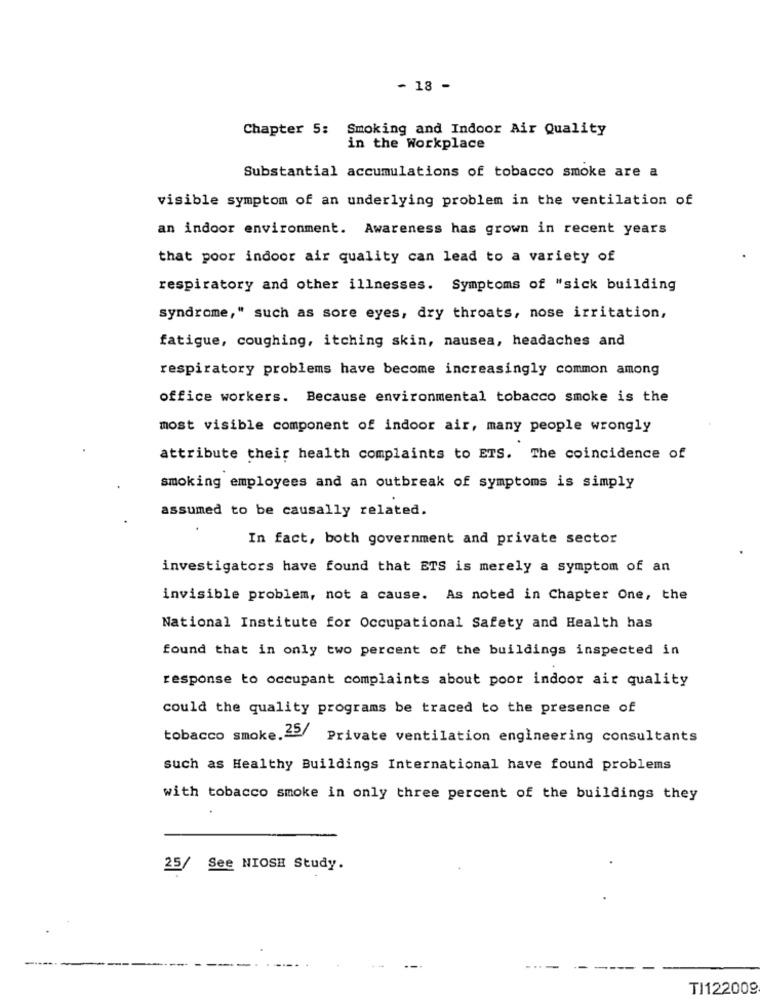
- 18 -
Chapter 5: Smoking and Indoor Air Quality
in the Workplace
Substantial accumulations of tobacco smoke are a
visible symptom of an underlying problem in the ventilation of
an indoor environment. Awareness has grown in recent years
that poor indoor air quality can lead to a variety of
respiratory and other illnesses. Symptoms of "sick building
syndrome," such as sore eyes, dry throats, nose irritation,
fatigue, coughing, itching skin, nausea, headaches and
respiratory problems have become increasingly common among
office workers. Because environmental tobacco smoke is the
most visible component of indoor air, many people wrongly
attribute their health complaints to ETS. The coincidence of
smoking employees and an outbreak of symptoms is simply
assumed to be causally related.
In fact, both government and private sector
investigators have found that ETS is merely a symptom of an
invisible problem, not a cause. As noted in Chapter One, the
National Institute for Occupational Safety and Health has
found that in only two percent of the buildings inspected in
response to occupant complaints about poor indoor air quality
could the quality programs be traced to the presence of
tobacco smoke.2 Private ventilation engineering consultants
such as Healthy Buildings International have found problems
with tobacco smoke in only three percent of the buildings they
25/ See NIOSE Study.
TI122009